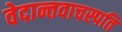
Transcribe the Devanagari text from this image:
वेदान्तवाचस्पति